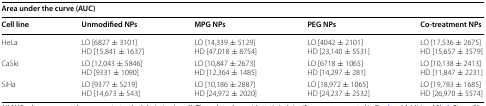
<table><thead><tr><td colspan="5"><b>Area under the curve (AUC)</b></td></tr><tr><td><b>Cell line</b></td><td><b>Unmodified NPs</b></td><td><b>MPG NPs</b></td><td><b>PEG NPs</b></td><td><b>Co-treatment NPs</b></td></tr></thead><tbody><tr><td>HeLa</td><td>LO [6827 ± 3101]HD [15,841 ± 1637]</td><td>LO [14,339 ± 5129]HD [47,018 ± 8754]</td><td>LO [4042 ± 2101]HD [23,140 ± 5531]</td><td>LO [17,536 ± 2675]HD [15,657 ± 3579]</td></tr><tr><td>CaSki</td><td>LO [12,043 ± 5846]HD [9331 ± 1090]</td><td>LO [10,847 ± 2673]HD [12,364 ± 1485]</td><td>LO [6718 ± 1065]HD [14,297 ± 281]</td><td>LO [10,138 ± 2413]HD [11,847 ± 2231]</td></tr><tr><td>SiHa</td><td>LO [9377 ± 5219]HD [14,673 ± 543]</td><td>LO [10,186 ± 2887]HD [24,972 ± 2020]</td><td>LO [18,972 ± 1065]HD [24,237 ± 2532]</td><td>LO [19,783 ± 1685]HD [26,970 ± 5574]</td></tr></tbody></table>